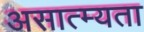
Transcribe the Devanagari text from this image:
असात्म्यता